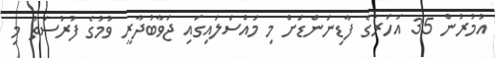
އުމުރުން 35 އަހަރުގެ ފާޑިނަންޑަށް މި މައްސަލައިގައި ޖަވާބުދާރީ ވުމުގެ ފުރުސަތު މި